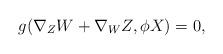
LaTeX: \begin{align*} g(\nabla_ZW+\nabla_WZ,\phi X)=0, \end{align*}